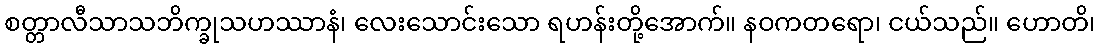
စတ္တာလီသာသဘိက္ခုသဟဿာနံ၊ လေးသောင်းသော ရဟန်းတို့အောက်။ နဝကတရော၊ ငယ်သည်။ ဟောတိ၊